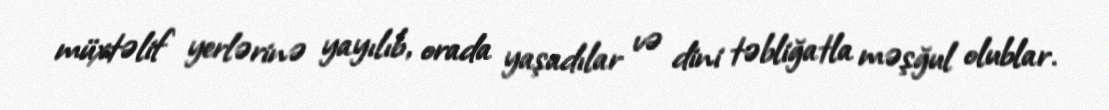
müxtəlif yerlərinə yayılıb, orada yaşadılar və dini təbliğatla məşğul olublar.